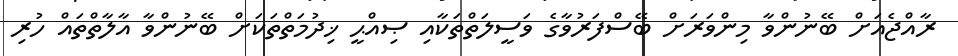
ރާއްޖެއަށް ބޭނުންވާ މިންވަރަށް ބޭސްފަރުވާގެ ވަސީލަތްތަކާއި ޞިއްޙީ ޚިދުމަތްތަކަށް ބޭނުންވާ އާލާތްތައް ހުރި